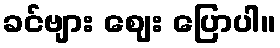
ခင်ဗျား ဈေး ပြောပါ။